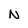
Character: N